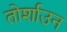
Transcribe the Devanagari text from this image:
तोर्शाउन